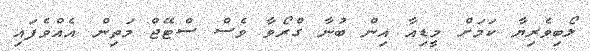
ލޯބިވެރިޔާ ކަމަށް މީޑިއާ އިން ބުނާ ގްރޯވާ ވެސް ސްޓޭޖް މަތިން އެއްވެފައި